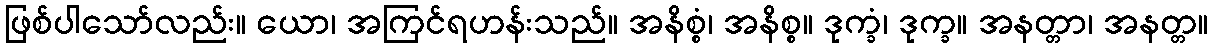
ဖြစ်ပါသော်လည်း။ ယော၊ အကြင်ရဟန်းသည်။ အနိစ္စံ၊ အနိစ္စ။ ဒုက္ခံ၊ ဒုက္ခ။ အနတ္တာ၊ အနတ္တ။